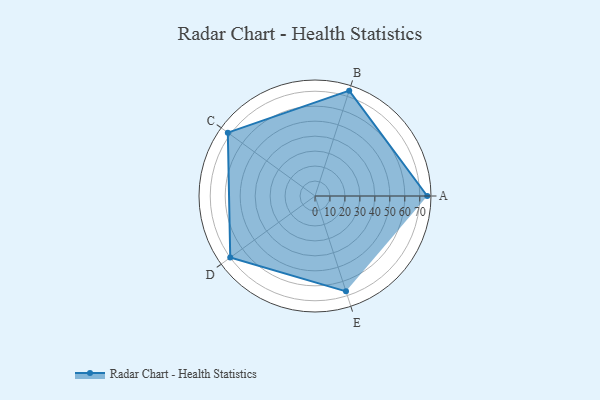
{"axis": {"x": "Skill", "y": "Score"}, "legend": ["Profile"], "data": [{"x": "A", "y": 75.0, "type": "Profile"}, {"x": "B", "y": 74.0, "type": "Profile"}, {"x": "C", "y": 72.0, "type": "Profile"}, {"x": "D", "y": 70.0, "type": "Profile"}, {"x": "E", "y": 67.0, "type": "Profile"}]}